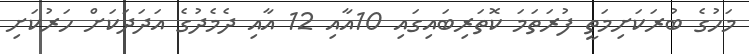
މަހުގެ ބުރަކަށިމަތީ ފުރަތަމަ ކޮތަރިބައިގައި 10އާއި 12 އާއި ދެމެދުގެ އަދަދަކަށް ހަރުކަށި